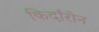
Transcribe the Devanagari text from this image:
किर्दारोन